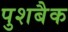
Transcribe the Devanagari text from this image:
पुशबैक